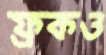
ফ্রকও